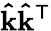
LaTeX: \mathbf{\hat{k}}\mathbf{\hat{k}}^{\mathsf{T}}